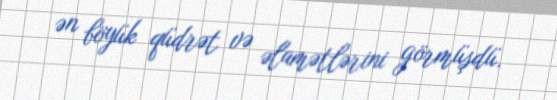
ən böyük qüdrət və əlamətlərini görmüşdü.